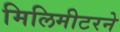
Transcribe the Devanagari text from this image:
मिलिमीटरने